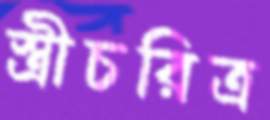
স্ত্রীচরিত্র